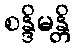
စန္ဒိမန္တိ